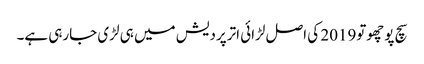
سچ پوچھوتو2019 کی اصل لڑائی اترپردیش میں ہی لڑی جارہی ہے۔